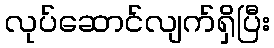
လုပ်ဆောင်လျက်ရှိပြီး